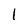
Character: l